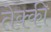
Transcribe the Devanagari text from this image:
तेक्की